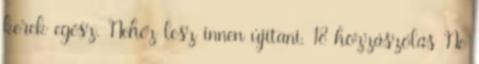
kerek egész. Nehéz lesz innen újítani. 18 hozzászólás Ne